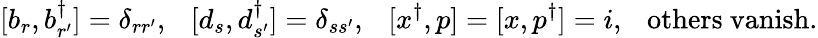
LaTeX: [b_{r},b_{r^{\prime}}^{\dagger}]=\delta_{rr^{\prime}},~~~[d_{s},d_{s^{\prime}}^{\dagger}]=\delta_{ss^{\prime}},~~~[x^{\dagger},p]=[x,p^{\dagger}]=i,~~~\mathrm{others~vanish}.